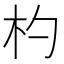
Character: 杓